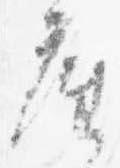
座